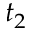
t _ { 2 }